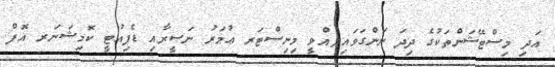
އަދި މިސްޓޭޝަންތަކުގެ ދިދަ ނަންގަވައިދެއްވީ މިނިސްޓަރ ޢުމަރު ނަޞީރާއި ޑެޕިއުޓީ ކޮމިޝަނަރ އޮފް